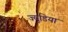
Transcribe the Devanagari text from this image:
ज्यूडिया